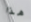
هذا